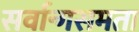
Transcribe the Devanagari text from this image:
सर्वान्गसमता